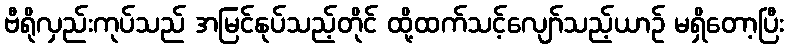
ဗီရိုလှည်းကုပ်သည် အမြင်နုပ်သည့်တိုင် ထို့ထက်သင့်လျော်သည့်ယာဉ် မရှိတော့ပြီး